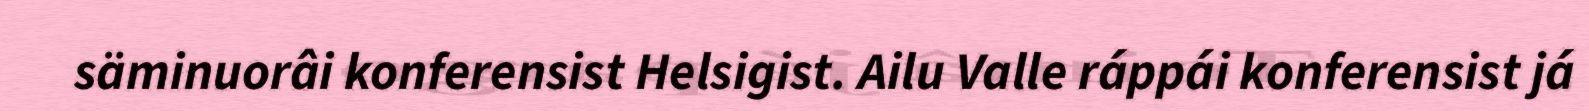
säminuorâi konferensist Helsigist. Ailu Valle ráppái konferensist já